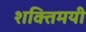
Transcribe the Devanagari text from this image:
शक्तिमयी